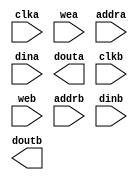
module blk_mem_gen_v4_3(
	clka,
	wea,
	addra,
	dina,
	douta,
	clkb,
	web,
	addrb,
	dinb,
	doutb);


input clka;
input [0 : 0] wea;
input [5 : 0] addra;
input [31 : 0] dina;
output [31 : 0] douta;
input clkb;
input [0 : 0] web;
input [5 : 0] addrb;
input [31 : 0] dinb;
output [31 : 0] doutb;

// synthesis translate_off

      BLK_MEM_GEN_V4_3 #(
		.C_ADDRA_WIDTH(6),
		.C_ADDRB_WIDTH(6),
		.C_ALGORITHM(1),
		.C_BYTE_SIZE(9),
		.C_COMMON_CLK(0),
		.C_DEFAULT_DATA("0"),
		.C_DISABLE_WARN_BHV_COLL(0),
		.C_DISABLE_WARN_BHV_RANGE(0),
		.C_FAMILY("spartan3"),
		.C_HAS_ENA(0),
		.C_HAS_ENB(0),
		.C_HAS_INJECTERR(0),
		.C_HAS_MEM_OUTPUT_REGS_A(0),
		.C_HAS_MEM_OUTPUT_REGS_B(0),
		.C_HAS_MUX_OUTPUT_REGS_A(0),
		.C_HAS_MUX_OUTPUT_REGS_B(0),
		.C_HAS_REGCEA(0),
		.C_HAS_REGCEB(0),
		.C_HAS_RSTA(0),
		.C_HAS_RSTB(0),
		.C_HAS_SOFTECC_INPUT_REGS_A(0),
		.C_HAS_SOFTECC_OUTPUT_REGS_B(0),
		.C_INITA_VAL("0"),
		.C_INITB_VAL("0"),
		.C_INIT_FILE_NAME("no_coe_file_loaded"),
		.C_LOAD_INIT_FILE(0),
		.C_MEM_TYPE(2),
		.C_MUX_PIPELINE_STAGES(0),
		.C_PRIM_TYPE(1),
		.C_READ_DEPTH_A(64),
		.C_READ_DEPTH_B(64),
		.C_READ_WIDTH_A(32),
		.C_READ_WIDTH_B(32),
		.C_RSTRAM_A(0),
		.C_RSTRAM_B(0),
		.C_RST_PRIORITY_A("CE"),
		.C_RST_PRIORITY_B("CE"),
		.C_RST_TYPE("SYNC"),
		.C_SIM_COLLISION_CHECK("ALL"),
		.C_USE_BYTE_WEA(0),
		.C_USE_BYTE_WEB(0),
		.C_USE_DEFAULT_DATA(0),
		.C_USE_ECC(0),
		.C_USE_SOFTECC(0),
		.C_WEA_WIDTH(1),
		.C_WEB_WIDTH(1),
		.C_WRITE_DEPTH_A(64),
		.C_WRITE_DEPTH_B(64),
		.C_WRITE_MODE_A("WRITE_FIRST"),
		.C_WRITE_MODE_B("WRITE_FIRST"),
		.C_WRITE_WIDTH_A(32),
		.C_WRITE_WIDTH_B(32),
		.C_XDEVICEFAMILY("spartan3a"))
	inst (
		.CLKA(clka),
		.WEA(wea),
		.ADDRA(addra),
		.DINA(dina),
		.DOUTA(douta),
		.CLKB(clkb),
		.WEB(web),
		.ADDRB(addrb),
		.DINB(dinb),
		.DOUTB(doutb),
		.RSTA(),
		.ENA(),
		.REGCEA(),
		.RSTB(),
		.ENB(),
		.REGCEB(),
		.INJECTSBITERR(),
		.INJECTDBITERR(),
		.SBITERR(),
		.DBITERR(),
		.RDADDRECC());


// synthesis translate_on

// XST black box declaration
// box_type "black_box"
// synthesis attribute box_type of blk_mem_gen_v4_3 is "black_box"

endmodule